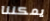
يمكننا